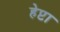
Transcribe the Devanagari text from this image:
हेप्टा